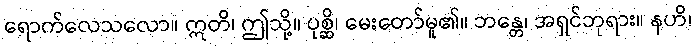
ရောက်လေသလော။ ဣတိ၊ ဤသို့။ ပုစ္ဆိ၊ မေးတော်မူ၏။ ဘန္တေ၊ အရှင်ဘုရား။ နဟိ၊